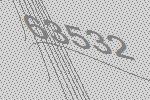
63532